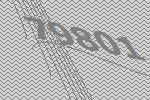
79801